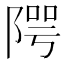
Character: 𨺨